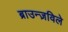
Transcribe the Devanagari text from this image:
ब्राउन्ज़विले